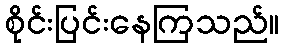
စိုင်းပြင်းနေကြသည်။